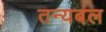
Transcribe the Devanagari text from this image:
तन्यबल